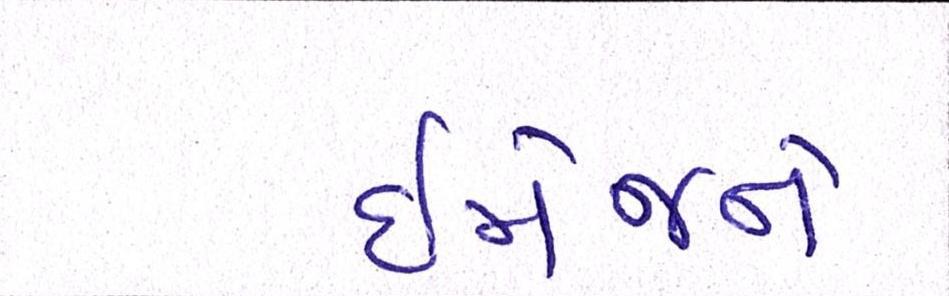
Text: ઈમેજને